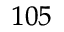
_ { 1 0 5 }